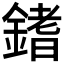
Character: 𨪌